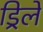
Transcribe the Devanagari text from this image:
ड्रिलें